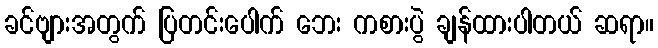
ခင်ဗျားအတွက် ပြတင်းပေါက် ဘေး ကစားပွဲ ချန်ထားပါတယ် ဆရာ။